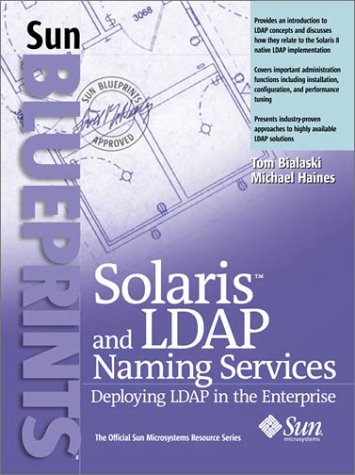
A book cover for Solaris and LDAP Naming Services: Deploying LDAP in the Enterprise; Tom Bialaski; Computers & Technology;